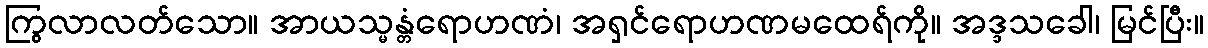
ကြွလာလတ်သော။ အာယသ္မန္တံရောဟဏံ၊ အရှင်ရောဟဏမထေရ်ကို။ အဒ္ဒသခေါ၊ မြင်ပြီး။